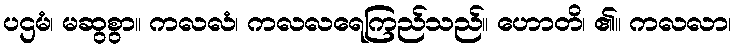
ပဌမံ၊ မဆွစွာ။ ကလလံ၊ ကလလရေကြည်သည်။ ဟောတိ၊ ၏။ ကလလာ၊